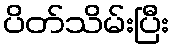
ပိတ်သိမ်းပြီး